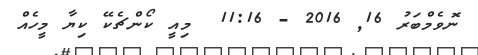
ނޮވެމްބަރު 16